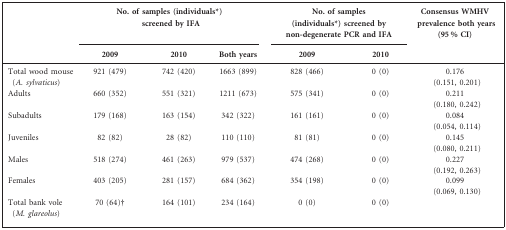
<table><thead><tr><td></td><td colspan="3"><b>No. of samples (individuals*) screened by IFA</b></td><td colspan="2"><b>No. of samples (individuals*) screened by non-degenerate PCR and IFA</b></td><td><b>Consensus WMHV prevalence both years (95 % CI)</b></td></tr><tr><td></td><td><b>2009</b></td><td><b>2010</b></td><td><b>Both years</b></td><td><b>2009</b></td><td><b>2010</b></td><td></td></tr></thead><tbody><tr><td>Total wood mouse (<i>A. sylvaticus</i>)</td><td>921 (479)</td><td>742 (420)</td><td>1663 (899)</td><td>828 (466)</td><td>0 (0)</td><td>0.176 (0.151, 0.201)</td></tr><tr><td>Adults</td><td>660 (352)</td><td>551 (321)</td><td>1211 (673)</td><td>575 (341)</td><td>0 (0)</td><td>0.211 (0.180, 0.242)</td></tr><tr><td>Subadults</td><td>179 (168)</td><td>163 (154)</td><td>342 (322)</td><td>161 (161)</td><td>0 (0)</td><td>0.084 (0.054, 0.114)</td></tr><tr><td>Juveniles</td><td>82 (82)</td><td>28 (82)</td><td>110 (110)</td><td>81 (81)</td><td>0 (0)</td><td>0.145 (0.080, 0.211)</td></tr><tr><td>Males</td><td>518 (274)</td><td>461 (263)</td><td>979 (537)</td><td>474 (268)</td><td>0 (0)</td><td>0.227 (0.192, 0.263)</td></tr><tr><td>Females</td><td>403 (205)</td><td>281 (157)</td><td>684 (362)</td><td>354 (198)</td><td>0 (0)</td><td>0.099 (0.069, 0.130)</td></tr><tr><td>Total bank vole (<i>M. glareolus</i>)</td><td>70 (64)†</td><td>164 (101)</td><td>234 (164)</td><td>0 (0)</td><td>0 (0)</td><td></td></tr></tbody></table>